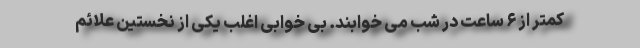
کمتر از ۶ ساعت در شب می خوابند. بی خوابی اغلب یکی از نخستین علائم